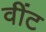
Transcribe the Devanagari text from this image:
वींट